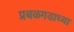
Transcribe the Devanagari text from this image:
प्रबळगडाच्या